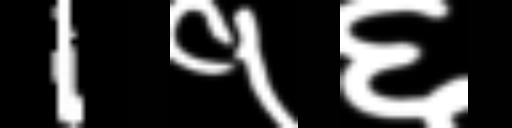
Text: 1१६